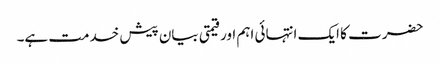
حضرت کا ایک انتہائی اہم اور قیمتی بیان پیش خدمت ہے۔